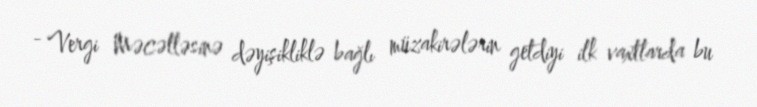
- Vergi Məcəlləsinə dəyişikliklə bağlı müzakirələrin getdiyi ilk vaxtlarda bu